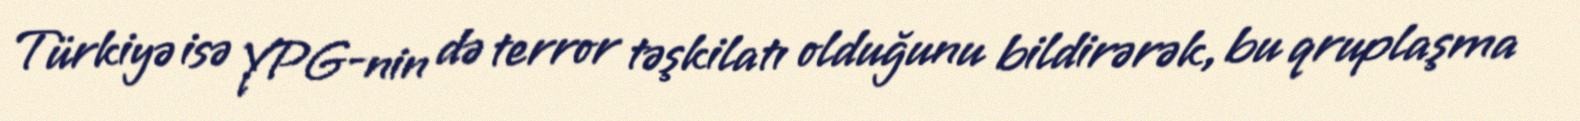
Türkiyə isə YPG-nin də terror təşkilatı olduğunu bildirərək, bu qruplaşma